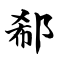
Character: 郗